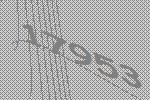
17953